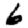
Digit: 6